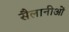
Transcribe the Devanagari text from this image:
सैलानीओं